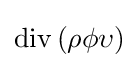
\operatorname {div} \left(\rho \phi \upsilon \right)